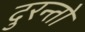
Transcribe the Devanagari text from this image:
दुरन्तो